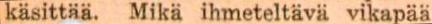
käsittää. Mikä ihmeteltävä vikapää